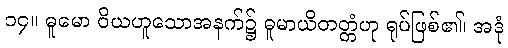
၁၄။ ဓူမော ဝိယဟူသောအနက်၌ ဓူမာယိတတ္တံဟု ရုပ်ဖြစ်၏၊ အဒုံ